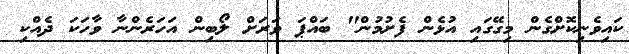
ކައިވެނިކޮށްގެން މިގޭގައި އުޅެން ފެށުމުން" ބައްޕަ ވަރަށް ލޯބިން އަހަރެންނާ ވާހަކަ ދެއްކި